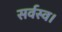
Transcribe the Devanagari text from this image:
सर्वस्व।